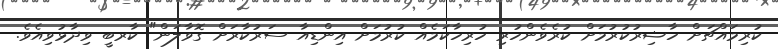
ކުރިމައްޗަށް ހާޟިރުކުރުމަށް ކުރެވެންހުރި ހުރިހާކަމެއް ކުރުމަށް އިންޑިއާ ސަރުކާރަށް ގޮވާލަން" ކާރބީ ވިދާޅުވިއެވެ.